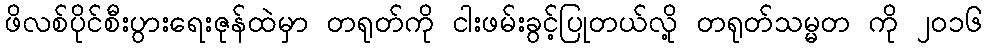
ဖိလစ်ပိုင်စီးပွားရေးဇုန်ထဲမှာ တရုတ်ကို ငါးဖမ်းခွင့်ပြုတယ်လို့ တရုတ်သမ္မတ ကို ၂၀၁၆